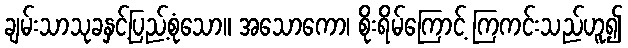
ချမ်းသာသုခနှင့်ပြည့်စုံသော။ အသောကော၊ စိုးရိမ်ကြောင့် ကြကင်းသည်ဟူ၍